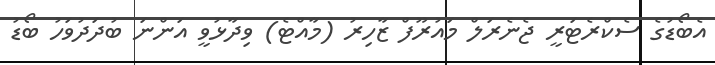
އެބޯޑުގެ ސެކްރެޓަރީ ޖެނެރަލް މައުރޫފް ޒާހިރު (މާއްޓެ) ވިދާޅުވީ އަންނަ ބުދަދުވަހު ބޯޑު